Indian journal of veterinary science and animal husbandry - Volume 7,
Year: 1937
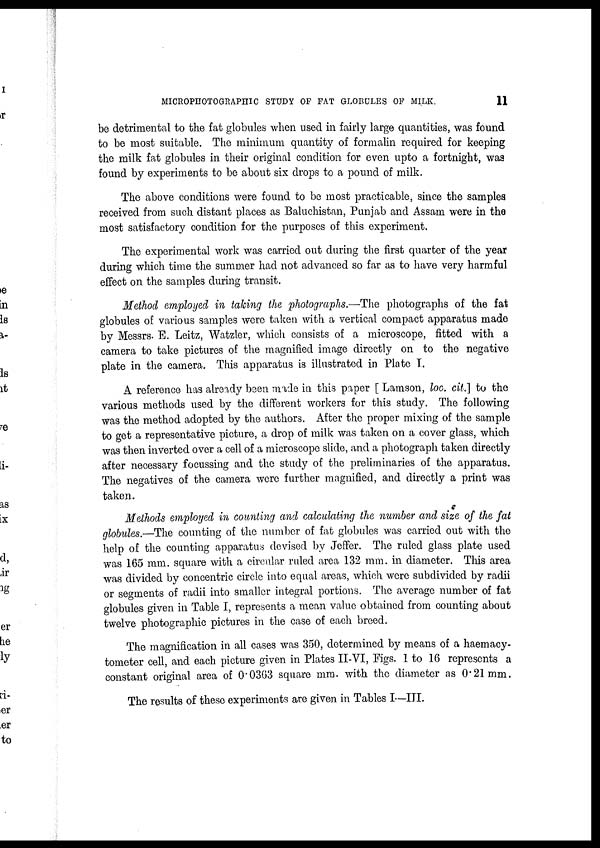
MICROPHOTOGRAPHIC STUDY OF FAT GLOBULES OF MILK.
11
be detrimental to the fat globules when used in fairly large quantities, was found
to be most suitable. The minimum quantity of formalin required for keeping
the milk fat globules in their original condition for even upto a fortnight, was
found by experiments to be about six drops to a pound of milk.
The above conditions were found to be most practicable, since the samples
received from such distant places as Baluchistan, Punjab and Assam were in the
most satisfactory condition for the purposes of this experiment.
The experimental work was carried out during the first quarter of the year
during which time the summer had not advanced so far as to have very harmful
effect on the samples during transit.
Method employed in taking the photographs.—The photographs of the fat
globules of various samples were taken with a vertical compact apparatus made
by Messrs. E. Leitz, Watzler, which consists of a microscope, fitted with a
camera to take pictures of the magnified image directly on to the negative
plate in the camera. This apparatus is illustrated in Plate I.
A reference has already been made in this paper [ Lamson, loc. cit] to the
various methods used by the different workers for this study. The following
was the method adopted by the authors. After the proper mixing of the sample
to get a representative picture, a drop of milk was taken on a cover glass, which
was then inverted over a cell of a microscope slide, and a photograph taken directly
after necessary focussing and the study of the preliminaries of the apparatus.
The negatives of the camera were further magnified, and directly a print was
taken.
Methods employed in counting and calculating the number and size of the fat
globules.—The counting of the number of fat globules was carried out with the
help of the counting apparatus devised by Jeffer. The ruled glass plate used
was 165 mm. square with a circular ruled area 132 mm. in diameter. This area
was divided by concentric circle into equal areas, which were subdivided by radii
or segments of radii into smaller integral portions. The average number of fat
globules given in Table I, represents a mean value obtained from counting about
twelve photographic pictures in the case of each breed.
The magnification in all cases was 350, determined by means of a haemacy-
tometer cell, and each picture given in Plates II-VI, Figs. 1 to 16 represents a
constant original area of 0.0363 square mm. with the diameter as 0.21mm.
The results of these experiments are given in Tables I—III.